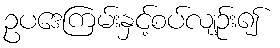
ဥပဒေကြမ်းနှင့်စပ်လျဉ်း၍